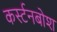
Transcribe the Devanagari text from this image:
कर्स्‍टनबोश